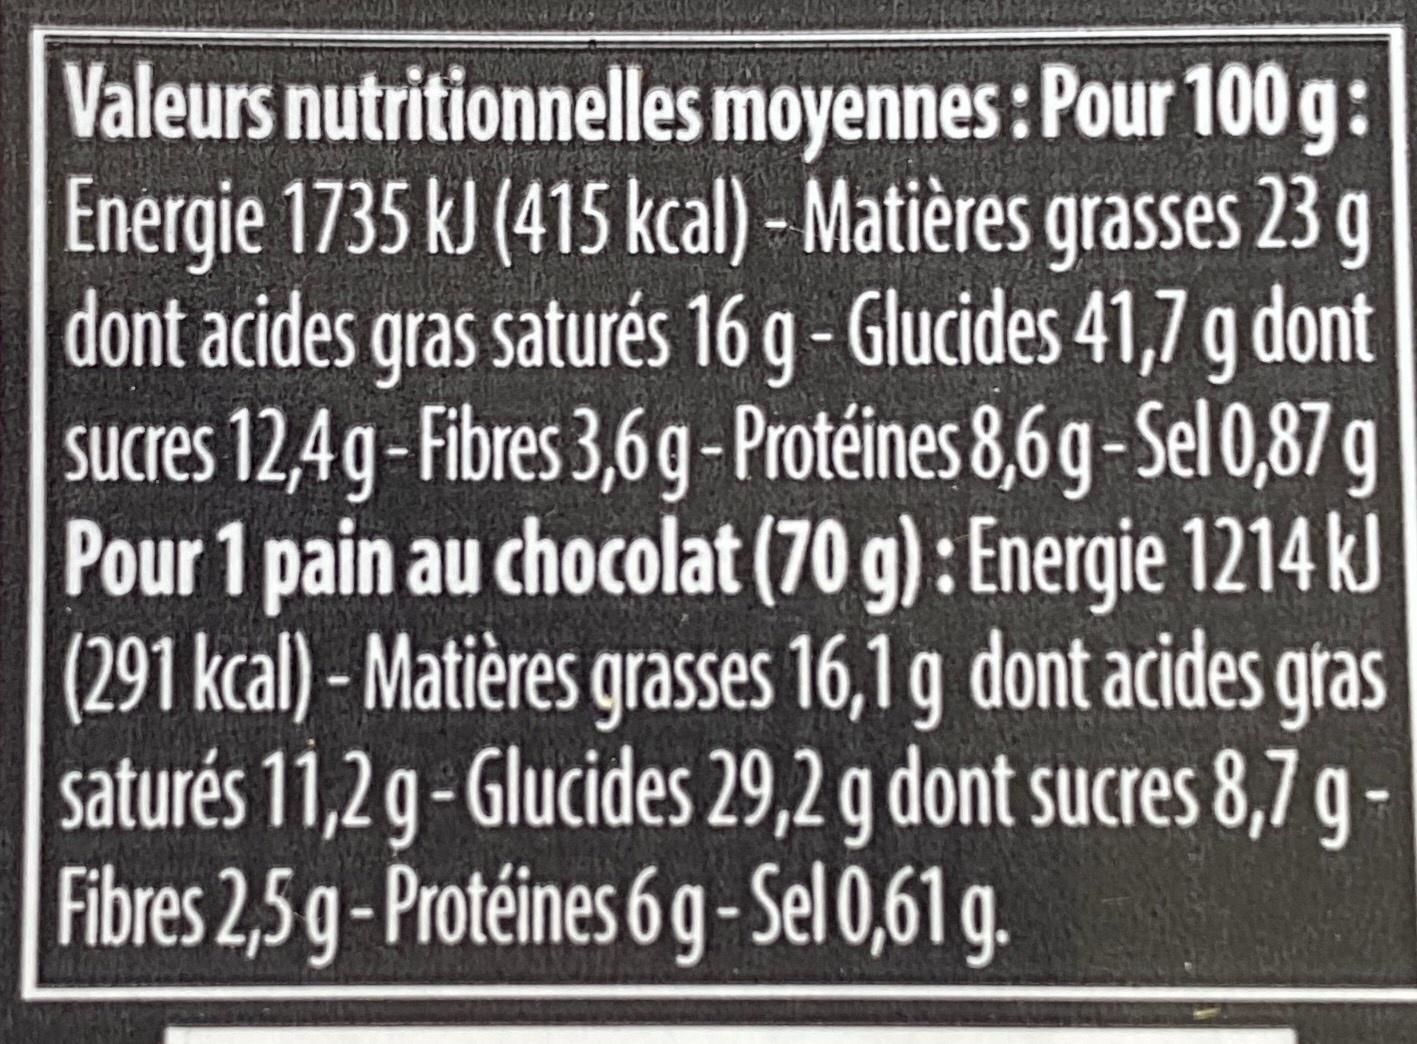
Valeurs nutritionnelles moyennes: Pour 100 g: Energie 1735 kJ (415 kcal) - Matières grasses 23g dont acides gras saturés 16 g - Glucides 41,7 g dont sucres 12,4g-Fibres 3,6g-Protéines 8,6 g-Sel 0,87 g Pour 1 pain au chocolat (70 g): Energie 1214 k (291 kcal) - Matières grasses 16,1 g dont acides gras saturés 11,2 g-Glucides 29,2 g dont sucres 8,7 g - Fibres 2,5 g-Protéines 6 g -Sel 0,61 g.